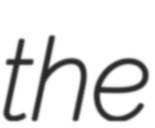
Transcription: the